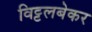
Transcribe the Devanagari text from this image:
विट्टलबेकर